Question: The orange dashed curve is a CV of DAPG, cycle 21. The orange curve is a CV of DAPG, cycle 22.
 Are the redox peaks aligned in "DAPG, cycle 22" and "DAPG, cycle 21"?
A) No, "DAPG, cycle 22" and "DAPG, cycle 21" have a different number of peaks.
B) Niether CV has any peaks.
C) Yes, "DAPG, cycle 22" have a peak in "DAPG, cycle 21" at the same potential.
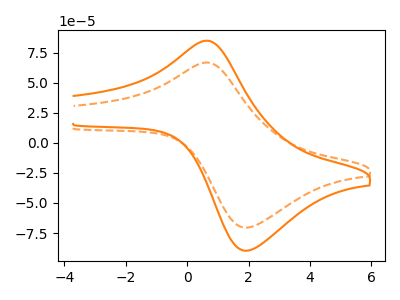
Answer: <think>The orange dashed curve "DAPG, cycle 21" has an anodic peak at (0.60V, 66.70uA) and a cathodic peak at (1.95V, -70.45uA). The orange curve "DAPG, cycle 22" has an anodic peak at (0.60V, 84.85uA) and a cathodic peak at (1.95V, -89.60uA).</think>
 <answer>C) Yes, "DAPG, cycle 22" have a peak in "DAPG, cycle 21" at the same potential.</answer>
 <eval>C</eval>